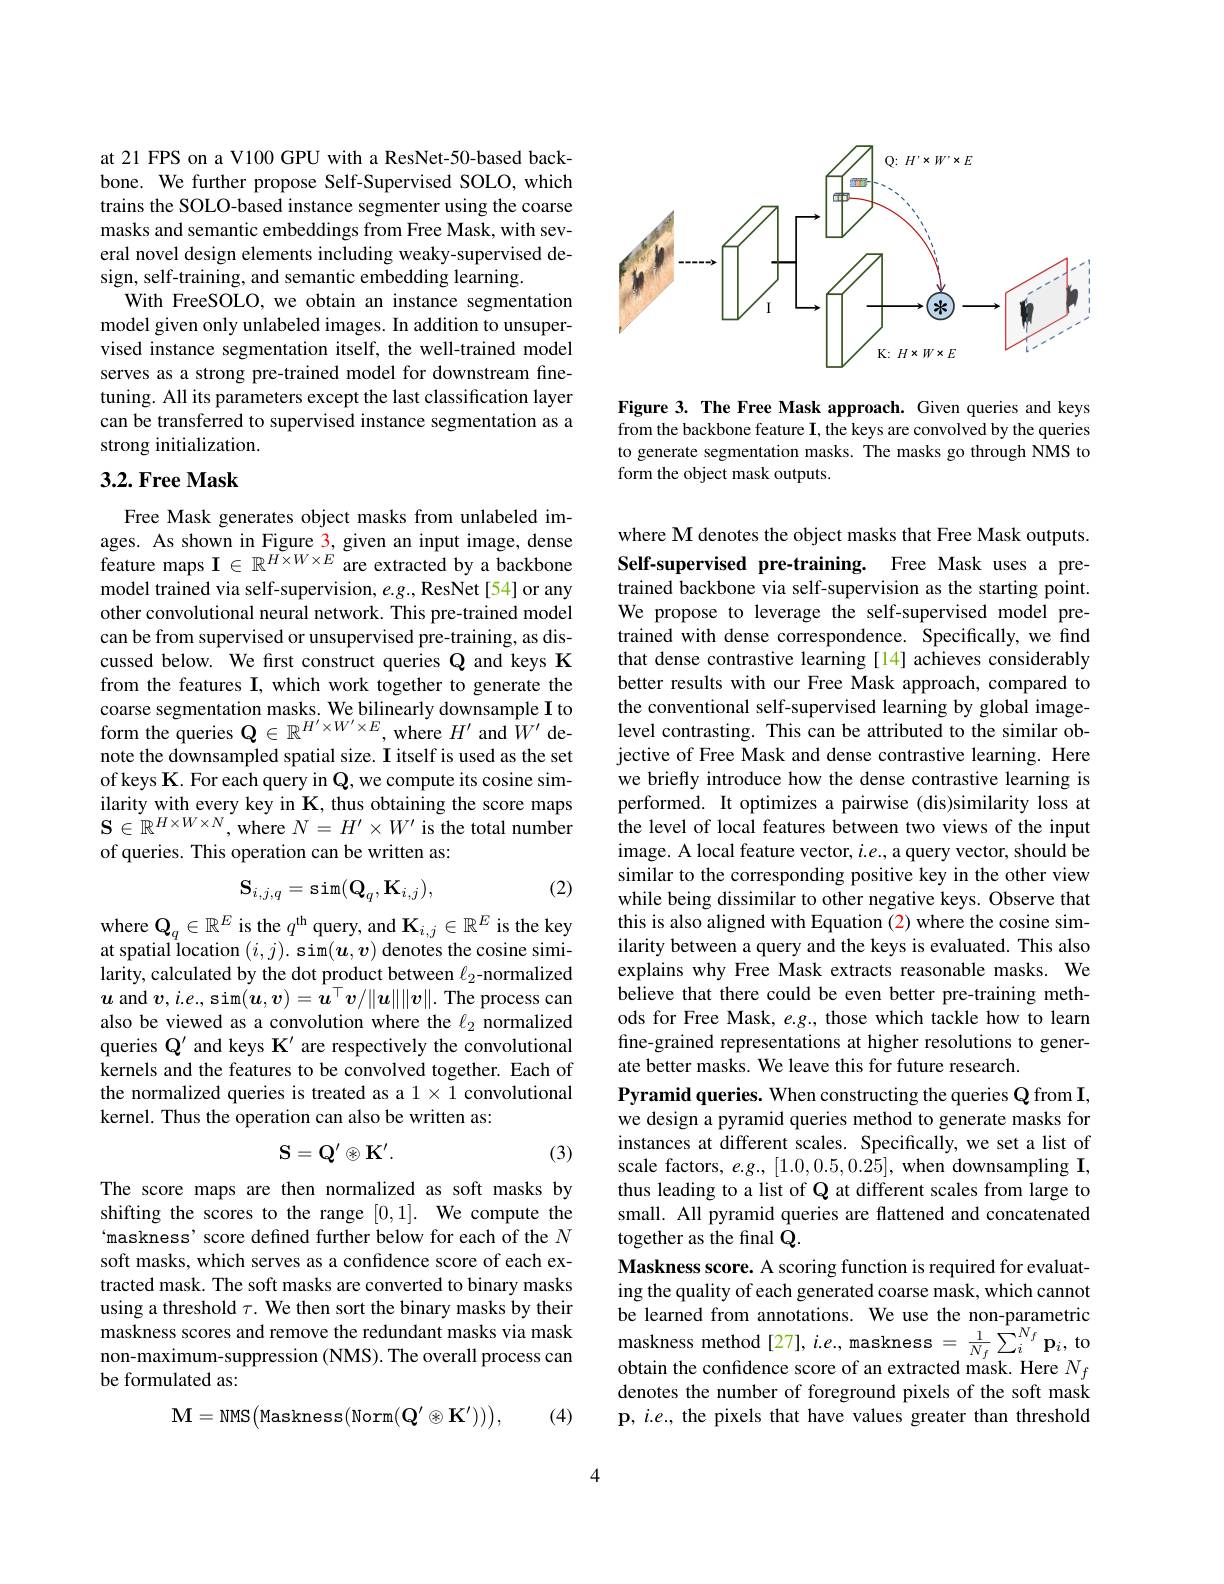
at 21 FPS on a V100 GPU with a ResNet-50-based backbone. We further propose Self-Supervised SOLO, which trains the SOLO-based instance segmenter using the coarse masks and semantic embeddings from Free Mask, with several novel design elements including weaky-supervised design, self-training, and semantic embedding learning.
With FreeSOLO, we obtain an instance segmentation model given only unlabeled images. In addition to unsupervised instance segmentation itself, the well-trained model serves as a strong pre-trained model for downstream finetuning. All its parameters except the last classification layer can be transferred to supervised instance segmentation as a strong initialization.

## $3. 2. \textbf{Free Mask}$

Free Mask generates object masks from unlabeled images. As shown in Figure 3, given an input image, dense feature maps $\mathbf{I}\in\mathbb{R}^{\tilde{H\times W\times E}}$ are extracted by a backbone model trained via self-supervision, $e.g.$, ResNet[54] or any other convolutional neural network. This pre-trained model can be from supervised or unsupervised pre-training, as discussed below. We first construct queries Q and keys K from the features I, which work together to generate the coarse segmentation masks. We bilinearly downsample I to form the queries $\mathbf{Q}\in\mathbb{R}^{H^{\prime}\times W^{\prime}\times E}$, where $H^\prime$ and $\hat{W}^{\prime}$ denote the downsampled spatial size. I itself is used as the set of keys K. For each query in Q, we compute its cosine similarity with every key in K, thus obtaining the score maps $\mathbf{S}\in\mathbb{R}^{H\times W\times N}$,where $N=H^\prime\times W^{\prime}$ is the total number of queries. This operation can be written as:

(2)
$$\mathbf{S}_{i,j,q}=\sin(\mathbf{Q}_{q},\mathbf{K}_{i,j}),$$
where $\mathbf{Q}_q\in\mathbb{R}^E$ is the $q^\mathrm{th}$ query, and $\mathbf{K}_i,j\in\mathbb{R}^E$ is the key at spatial location $(i,j).$ sim$(\boldsymbol u,\boldsymbol v)$ denotes the cosine similarity, calculated by the dot product between $\ell_2$-normalized $u$ and $v,i.e.$, sim$(\boldsymbol{u},\boldsymbol{v})=\boldsymbol{u}^\top\boldsymbol{v}/\|\boldsymbol{u}\|\|\boldsymbol{v}\|.$ The process can also be viewed as a convolution where the $\ell_{2}$ normalized queries $\mathbb{Q}^\prime$ and keys K' are respectively the convolutional kernels and the features to be convolved together. Each of the normalized queries is treated as a $1\times1$ convolutional kernel. Thus the operation can also be written as:
$$\mathbf{S}=\mathbf{Q}^{\prime}\otimes\mathbf{K}^{\prime}.$$
(3)

The score maps are then normalized as soft masks by shifting the scores to the range [0,1]. We compute the 'maskness' score defined further below for each of the $N$ soft masks, which serves as a confidence score of each extracted mask. The soft masks are converted to binary masks using a threshold $\tau.$ We then sort the binary masks by their maskness scores and remove the redundant masks via mask non-maximum-suppression (NMS). The overall process can be formulated as:
$$\mathbf{M}=\mathrm{NMS}(\mathrm{Maskness}(\mathrm{Norm}(\mathbf{Q}^{\prime}\otimes\mathbf{K}^{\prime}))),$$
(4)

<FigureHere>

Figure 3. The Free Mask approach. Given queries and keys from the backbone feature I, the keys are convolved by the queries to generate segmentation masks. The masks go through NMS to form the object mask outputs.

where M denotes the object masks that Free Mask outputs. Self-supervised pre-training. Free Mask uses a pretrained backbone via self-supervision as the starting point. We propose to leverage the self-supervised model pretrained with dense correspondence. Specifically, we find that dense contrastive learning [14] achieves considerably better results with our Free Mask approach, compared to the conventional self-supervised learning by global imagelevel contrasting. This can be attributed to the similar objective of Free Mask and dense contrastive learning. Here we briefly introduce how the dense contrastive learning is performed. It optimizes a pairwise (dis)similarity loss at the level of local features between two views of the input image. A local feature vector, $i.e.$, a query vector, should be similar to the corresponding positive key in the other view while being dissimilar to other negative keys. Observe that this is also aligned with Equation (2) where the cosine similarity between a query and the keys is evaluated. This also explains why Free Mask extracts reasonable masks. We believe that there could be even better pre-training methods for Free Mask, $e.g.$, those which tackle how to learn fine-grained representations at higher resolutions to generate better masks. We leave this for future research.
Pyramid queries. When constructing the queries Q from I, we design a pyramid queries method to generate masks for instances at different scales. Specifically, we set a list of scale factors, $e.g.,[1.0,0.5,0.25]$, when downsampling I, thus leading to a list of Q at different scales from large to small. All pyramid queries are flattened and concatenated together as the final Q.
Maskness score. A scoring function is required for evaluating the quality of each generated coarse mask, which cannot be learned from annotations. We use the non-parametric maskness method[ 27] , i. e, maskness$= \frac 1{N_{f}}\sum _{i}^{N_{f}}\mathbf{p} _{i}$, to obtain the confidence score of an extracted mask. Here $N_{f}$ denotes the number of foreground pixels of the soft mask p, $i.e.$, the pixels that have values greater than threshold

4